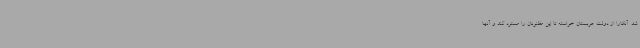
شد. آنکارا از دولت عربستان خواسته تا این مظنونان را مسترد کند و آنها